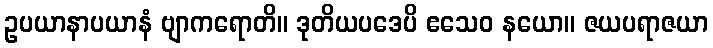
ဥပယာနာပယာနံ ဗျာကရောတိ။ ဒုတိယပဒေပိ ဧသေဝ နယော။ ဇယပရာဇယာ